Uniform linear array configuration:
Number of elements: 16
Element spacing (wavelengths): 0.5
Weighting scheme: binomial
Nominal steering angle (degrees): -30
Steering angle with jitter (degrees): -28.099
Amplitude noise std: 0.05
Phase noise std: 0.05

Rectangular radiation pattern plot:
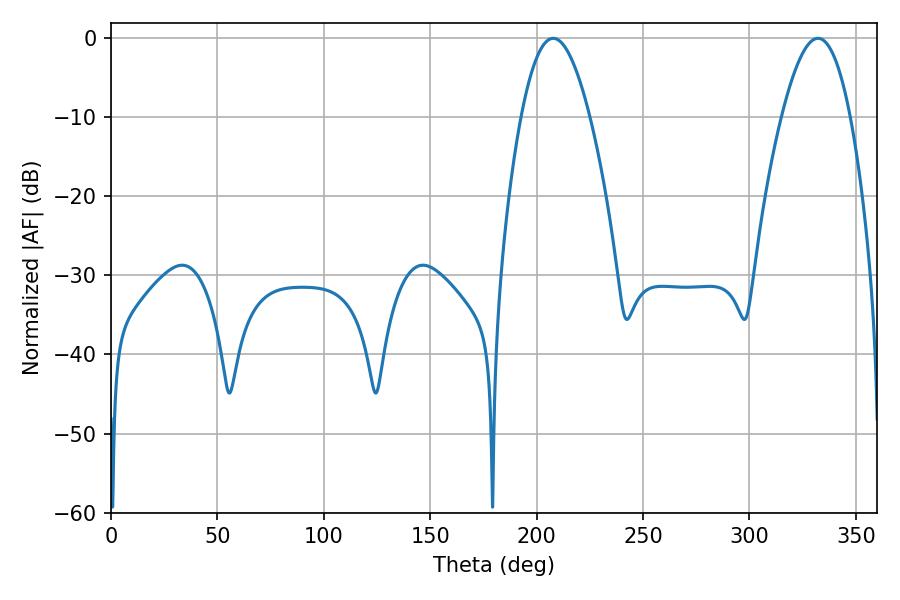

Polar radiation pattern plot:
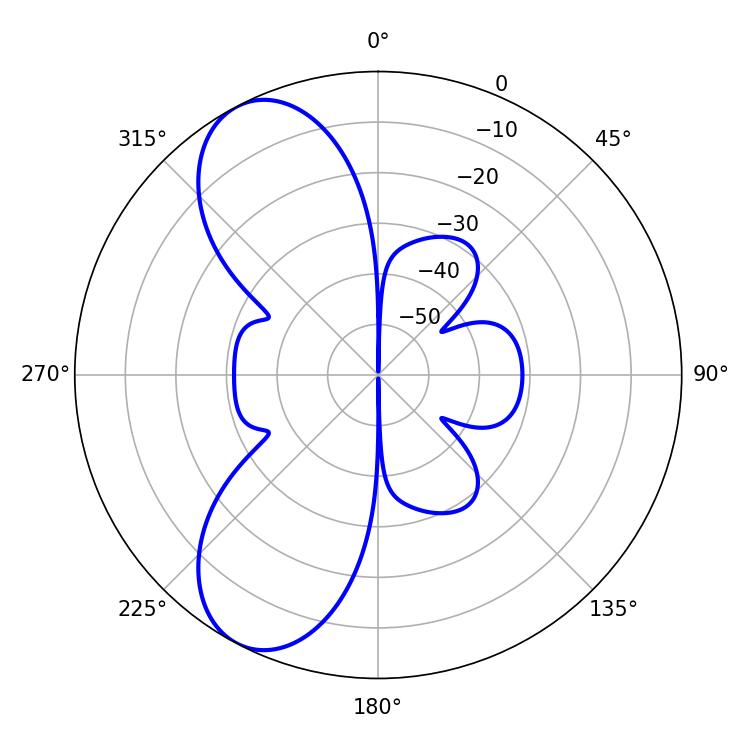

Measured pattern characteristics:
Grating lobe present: FALSE
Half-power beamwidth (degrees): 17.64
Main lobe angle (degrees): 207.72